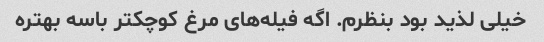
خیلی لذید بود بنظرم. اگه فیله‌های مرغ کوچکتر باسه بهتره